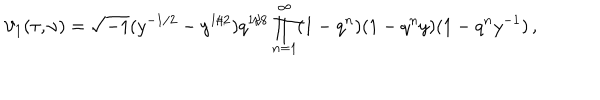
\vartheta _ { 1 } ( \tau , \nu ) = \sqrt { - 1 } ( y ^ { - 1 / 2 } - y ^ { 1 / 2 } ) q ^ { 1 / 8 } \prod _ { n = 1 } ^ { \infty } ( 1 - q ^ { n } ) ( 1 - q ^ { n } y ) ( 1 - q ^ { n } y ^ { - 1 } ) \, ,